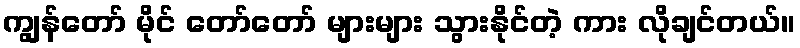
ကျွန်တော် မိုင် တော်တော် များများ သွားနိုင်တဲ့ ကား လိုချင်တယ်။